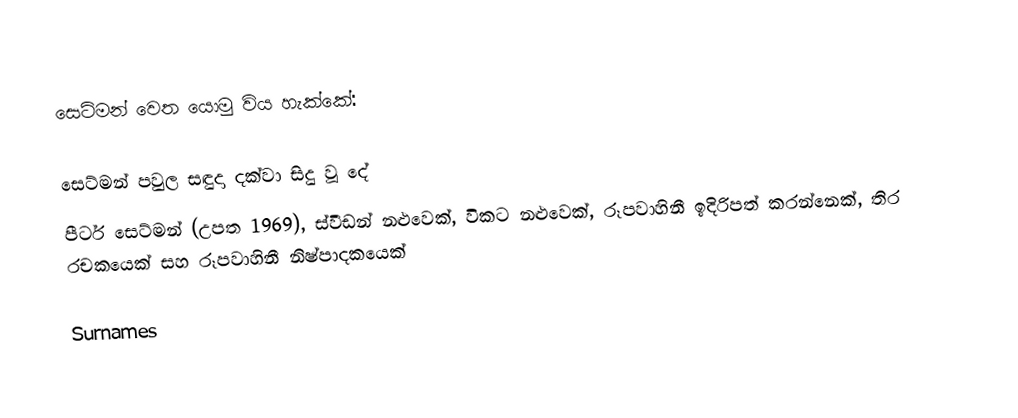
සෙට්මන් වෙත යොමු විය හැක්කේ:

 සෙට්මන් පවුල සඳුදා දක්වා සිදු වූ දේ
 පීටර් සෙට්මන් (උපත 1969), ස්වීඩන් නළුවෙක්, විකට නළුවෙක්, රූපවාහිනී ඉදිරිපත් කරන්නෙක්, තිර රචකයෙක් සහ රූපවාහිනී නිෂ්පාදකයෙක්
 
Surnames